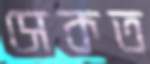
সেকত